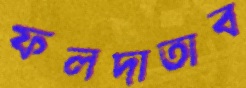
ফলদাতাব